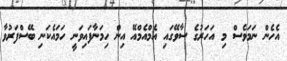
އެހެން ނަމަވެސް މި އަހަރުގެ ސާވޭގައި އެމްއެމްއޭ އިން ހިމަނާފައިވަނީ ހަމައެކަނި ބޭސްފަރުވާ